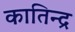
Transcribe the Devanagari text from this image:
कातिन्द्र